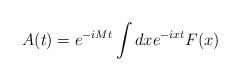
\begin{align*}A(t)=e^{-iMt}\int {dxe^{-ixt}F(x)}\end{align*}